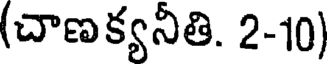
(చాణక్యనీతి. 2-10)